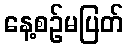
နေ့စဉ်မပြတ်